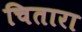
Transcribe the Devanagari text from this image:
चितारा